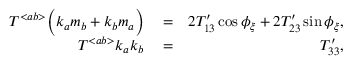
\begin{array} { r l r } { { \cal T } ^ { < a b > } \Big ( k _ { a } m _ { b } + k _ { b } m _ { a } \Big ) } & { { } = } & { 2 { \cal T } _ { 1 3 } ^ { \prime } \cos \phi _ { \xi } + 2 { \cal T } _ { 2 3 } ^ { \prime } \sin \phi _ { \xi } , } \\ { { \cal T } ^ { < a b > } k _ { a } k _ { b } } & { { } = } & { { \cal T } _ { 3 3 } ^ { \prime } , } \end{array}